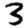
Digit: 3